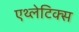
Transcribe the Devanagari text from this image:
एथ्लेटिक्स